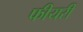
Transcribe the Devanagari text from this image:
फीयरी